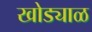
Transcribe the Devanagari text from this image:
खोड्याळ